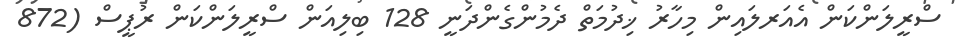
ސްރީލަންކަން އެއަރލައިން މިހާރު ޚިދުމަތް ދެމުންގެންދަނީ 128 ބިލިއަން ސްރީލަންކަން ރުޕީސް (872